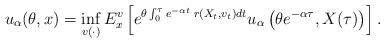
LaTeX: \begin{align*} u_{\alpha}(\theta,x) = \inf_{v(\cdot)} E^v_x\left[ e^{\theta\int_{0}^{\tau} e^{-\alpha t} \; r(X_t,v_t) dt}u_{\alpha}\left(\theta e^{-\alpha \tau}, X(\tau)\right) \right]. \end{align*}